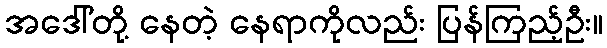
အဒေါ်တို့ နေတဲ့ နေရာကိုလည်း ပြန်ကြည့်ဦး။